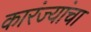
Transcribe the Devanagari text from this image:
कारंज्यांचा